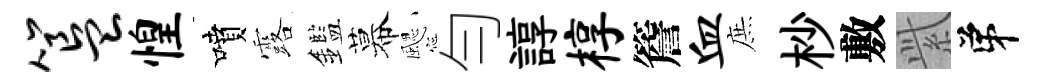
簋惶噴露鑑幕颸勻諄椁簷血庶杪敷𬗋弟